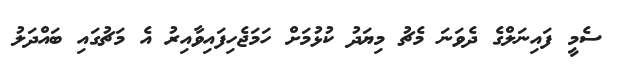
ސެމީ ފައިނަލްގެ ދެވަނަ މެޗު މިޔަދު ކުޅުމަށް ހަމަޖެހިފައިވާއިރު އެ މަޗުގައި ބައްދަލު